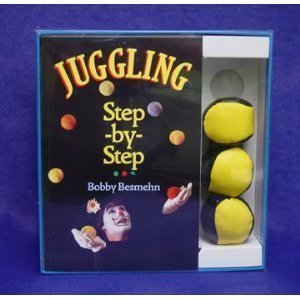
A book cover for Juggling Step-By-Step Book & Gift Set; Bobby Besmehn; Sports & Outdoors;